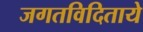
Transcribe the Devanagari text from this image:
जगतविदिताये